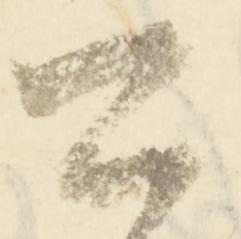
可